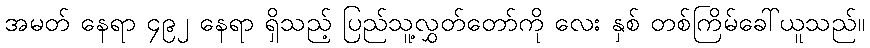
အမတ် နေရာ ၄၉၂ နေရာ ရှိသည့် ပြည်သူ့လွှတ်တော်ကို လေး နှစ် တစ်ကြိမ်ခေါ်ယူသည်။